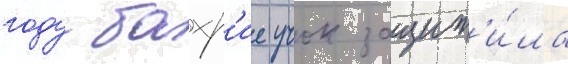
году бахр'ие учок защит'и́ла